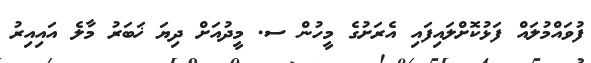
ފުވައްމުލައް ފަޅުކޮށްލައިފައި އެރަށުގެ މީހުން ސ. މީދުއަށް ދިޔަ ޚަބަރު މާލެ އައިއިރު